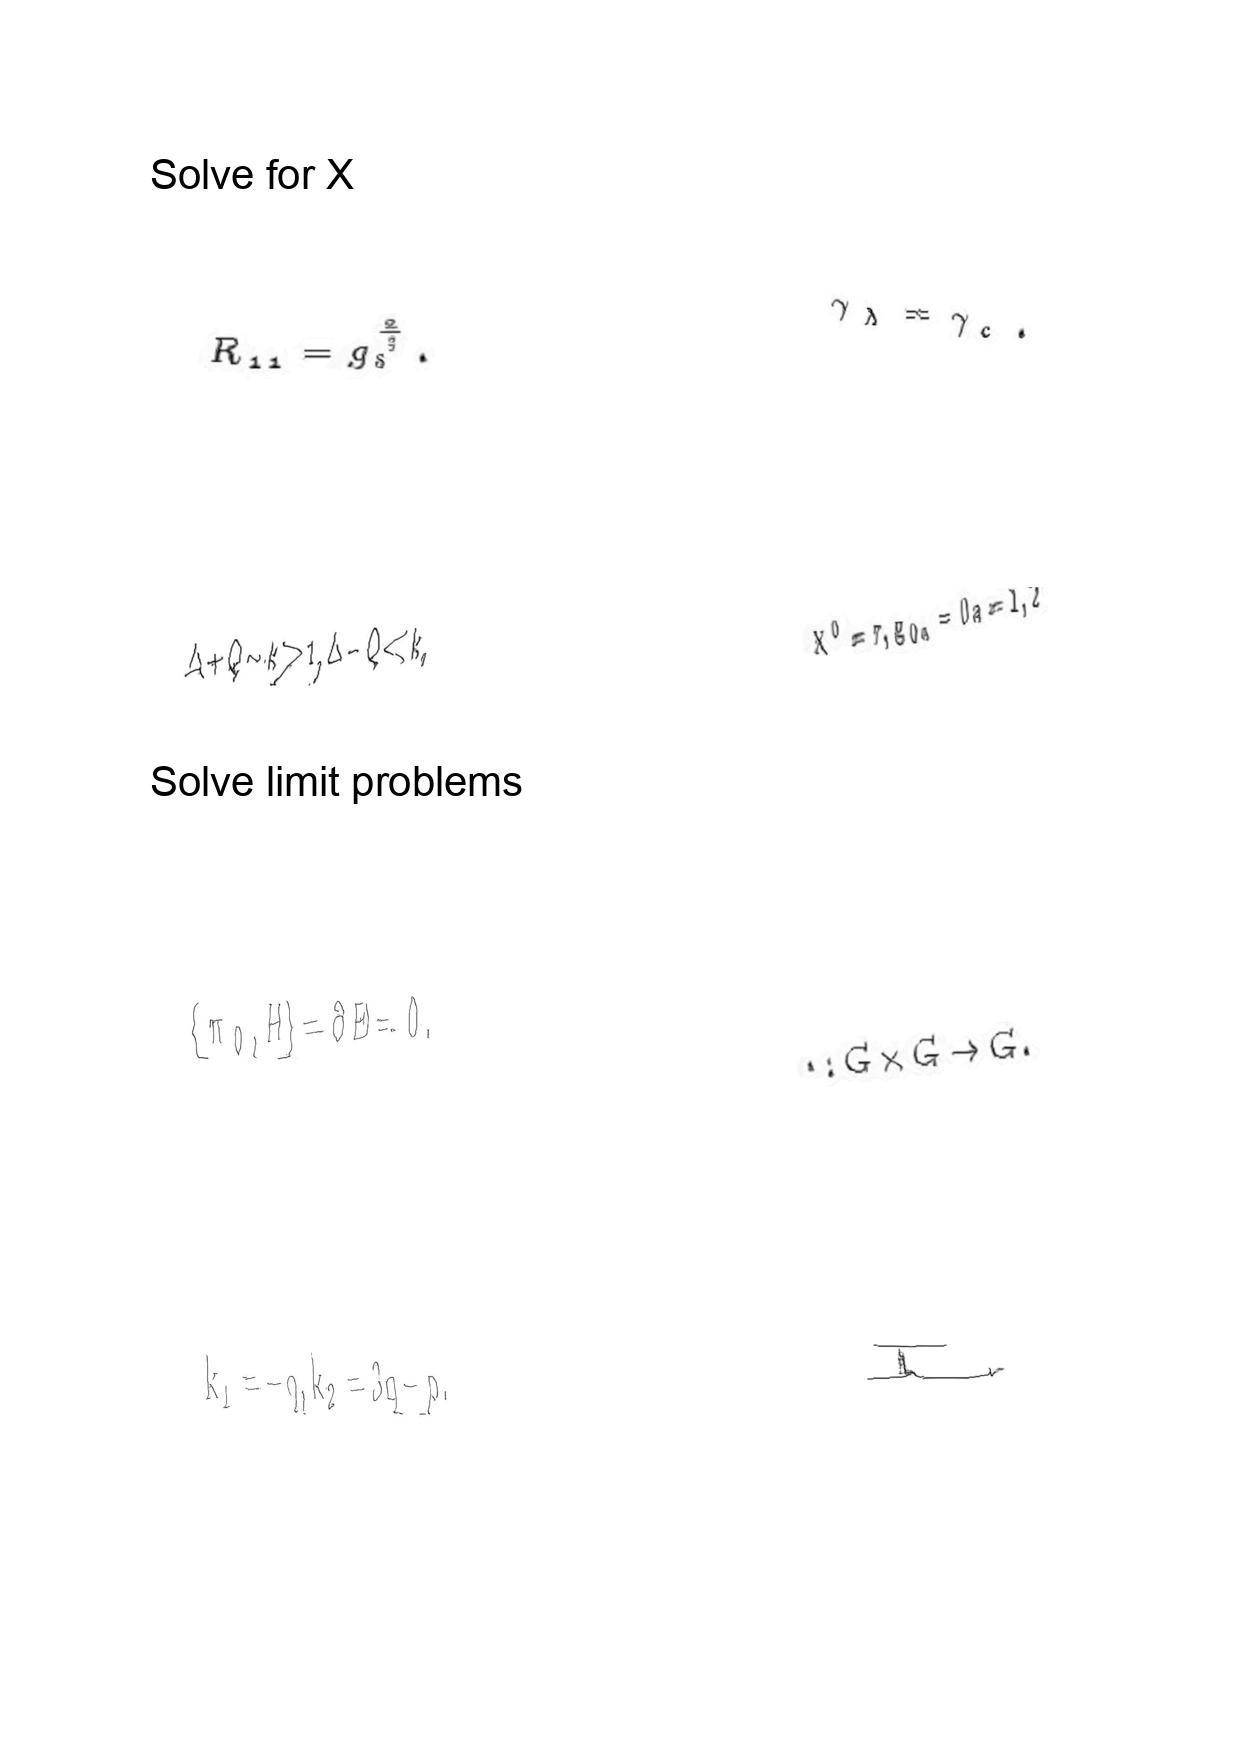
LaTeX transcription:
R _ { 1 1 } = g _ { s } ^ { \frac { 2 } { 3 } } .
\Delta + Q \sim k \gg 1 , \Delta - Q \ll k ,
\lbrace \pi _ { 0 } , H \rbrace = \partial E = 0 .
k _ { 1 } = - q , k _ { 2 } = 3 q - p .
\gamma _ { \lambda } = \gamma _ { c } .
X ^ { 0 } = \tau , g _ { 0 a } = 0 a = 1 , 2
\cdot : G \times G \rightarrow G .
L